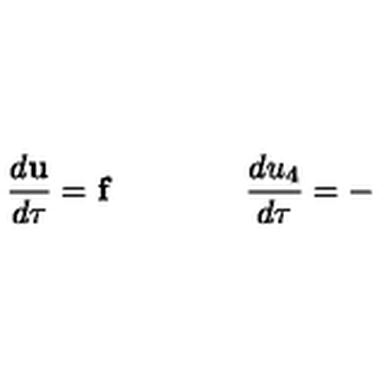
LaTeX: \frac { d \mathbf { u } } { d \tau } = \mathbf { f } \qquad \qquad \frac { d u _ { 4 } } { d \tau } = -